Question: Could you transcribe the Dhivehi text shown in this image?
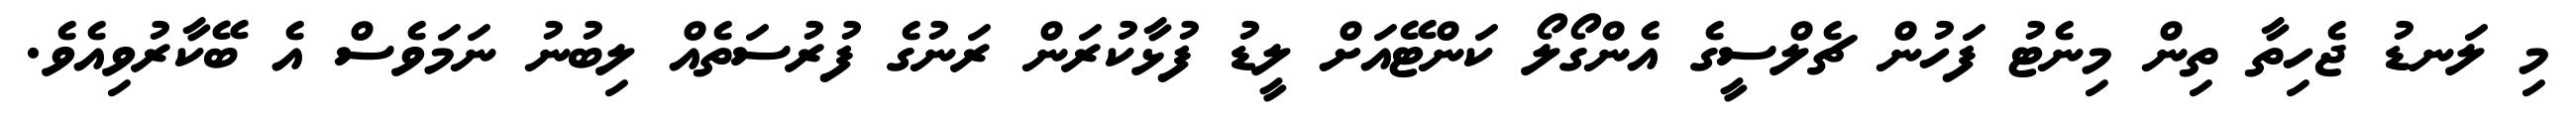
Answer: މި ލަނޑު ޖެހިތާ ތިން މިނެޓު ފަހުން ޗެލްސީގެ އެންގޯލޯ ކަންޓޭއަށް ލީޑު ފުޅާކުރަން ރަނުގެ ފުރުސަތެއް ލިބުނު ނަމަވެސް އެ ބޭކާރުވިއެވެ.